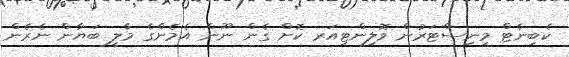
ކެބިނެޓް މިނިސްޓަރުން ވޮލިންޓިއަރ ކޮށް ގެން ނޫން އެމެންގެ މާލީ ބަޔާން ނެރެން